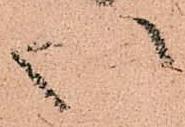
い